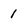
Character: 1